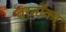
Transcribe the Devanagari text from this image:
व्रतोंका